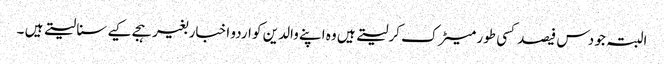
البتہ جو دس فیصد کسی طور میٹرک کرلیتے ہیں وہ اپنے والدین کو اردو اخبار بغیر ہجے کیے سنا لیتے ہیں ۔